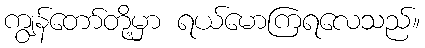
ကျွန်တော်တို့မှာ ရယ်မောကြရလေသည်။